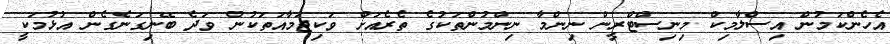
އެހެންކަމުން އިސްލާމިކް މިނިސްޓްރީން ނިންމާ ނިންމުންތަކުގެ ތެރެއަށް ވަކިޖަމާއަތަކުން ވަދެ ބޭނިގަނެގެން އުޅުމަކީ